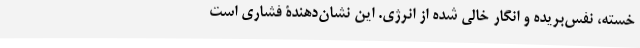
خسته، نفس‌بریده و انگار خالی شده از انرژی. این نشان‌دهندۀ فشاری است